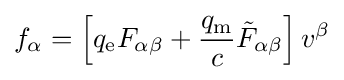
f_{\alpha }=\left[q_{\mathrm {e} }F_{\alpha \beta }+{\frac {q_{\mathrm {m} }}{c}}{{\tilde {F}}_{\alpha \beta }}\right]v^{\beta }